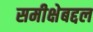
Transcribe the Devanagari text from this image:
समीक्षेबद्दल